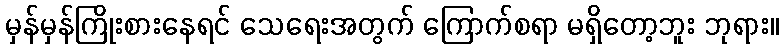
မှန်မှန်ကြိုးစားနေရင် သေရေးအတွက် ကြောက်စရာ မရှိတော့ဘူး ဘုရား။